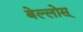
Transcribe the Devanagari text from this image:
बेल्लोस्